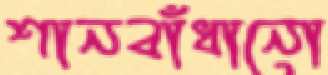
শানবাঁধানো